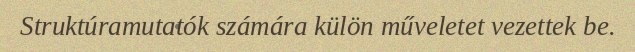
Struktúramutatók számára külön műveletet vezettek be.